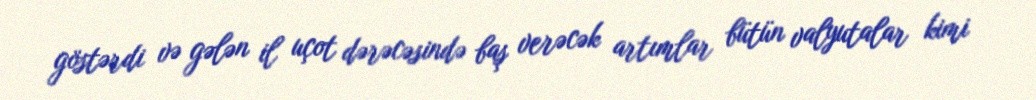
göstərdi və gələn il uçot dərəcəsində baş verəcək artımlar bütün valyutalar kimi